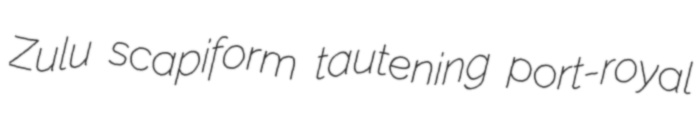
Zulu scapiform tautening port-royal